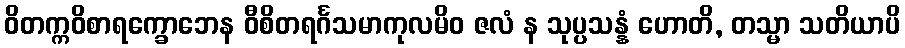
ဝိတက္ကဝိစာရက္ခောဘေန ဝီစိတရင်္ဂသမာကုလမိဝ ဇလံ န သုပ္ပသန္နံ ဟောတိ, တသ္မာ သတိယာပိ